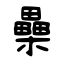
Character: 櫐